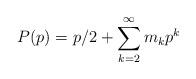
LaTeX: \begin{align*}P(p) = p/2 + \sum_{k=2}^\infty m_k p^k\end{align*}